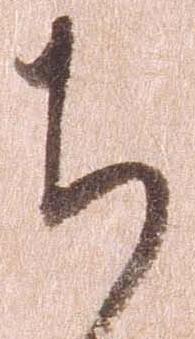
ち